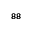
^ { 8 8 }